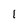
Character: 1